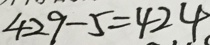
4 2 9 - 5 = 4 2 4